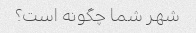
شهر شما چگونه است؟